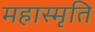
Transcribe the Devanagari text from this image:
महास्मृति